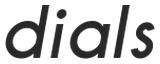
dials